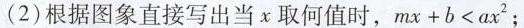
(2) 根据图象直接写出当 x 取何值时，$$m x + b < a x ^ { 2 }；